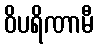
ဝိပရိဏာမီ